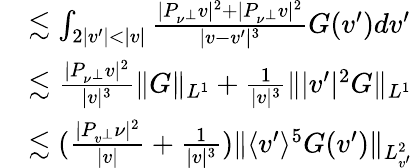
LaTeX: \begin{array}{rl}&{\lesssim\int_{2|v^{\prime}|<|v|}\frac{|P_{\nu^{\perp}}v|^{2}+|P_{\nu^{\perp}}v|^{2}}{|v-v^{\prime}|^{3}}G(v^{\prime})dv^{\prime}}\\ &{\lesssim\frac{|P_{\nu^{\perp}}v|^{2}}{|v|^{3}}\| G\| _{L^{1}}+\frac{1}{|v|^{3}}\| |v^{\prime}|^{2}G\| _{L^{1}}}\\ &{\lesssim(\frac{|P_{v^{\perp}}\nu|^{2}}{|v|}+\frac{1}{|v|^{3}})\| \langle v^{\prime}\rangle^{5}G(v^{\prime})\| _{L_{v^{\prime}}^{2}}}\end{array}